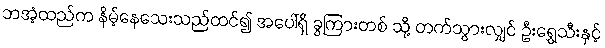
ဘအံ့ထည်က နိမ့်နေသေးသည်ထင်၍ အပေါ်ရှိ ခွကြားတစ် သို့ တက်သွားလျှင် ဦးရွှေသီးနှင့်